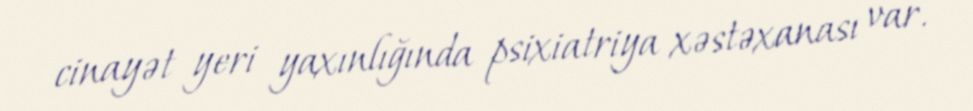
cinayət yeri yaxınlığında psixiatriya xəstəxanası var.